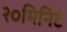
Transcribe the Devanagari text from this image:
२०मिनिटे